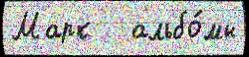
Марк   альбо́мы